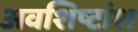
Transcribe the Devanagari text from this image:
अवशिष्टांश